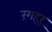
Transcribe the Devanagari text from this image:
रंगहरू